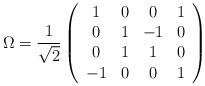
LaTeX: \begin{align*}\Omega =\frac{1}{\sqrt{2}}\left( \begin{array}{cccc}1 & 0 & 0 & 1 \\ 0 & 1 & -1 & 0 \\ 0 & 1 & 1 & 0 \\ -1 & 0 & 0 & 1\end{array}\right) \end{align*}